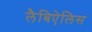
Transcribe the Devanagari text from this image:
लैबिऐलिस